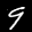
Label: 9